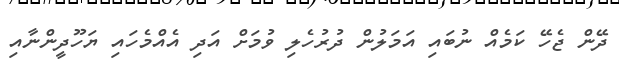
ދޭން ޖެހޭ ކަމެއް ނުބައި އަމަލުން ދުރުހެލި ވުމަށް އަދި އެއްމެހައި ޔަހޫދީންނާއި